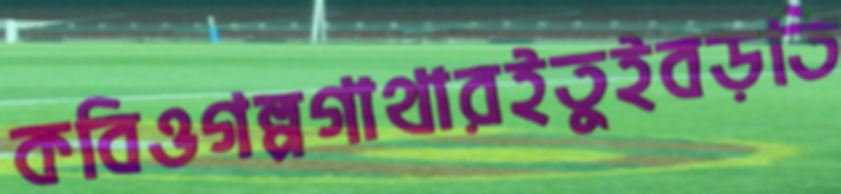
কবিওগল্পগাথারইতুইবড়তি